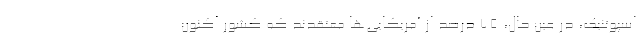
اسپوتنیک، در عین حال، ۷۵ درصد از آمریکایی‌ها معتقدند که کشور اکنون